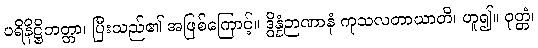
ပရိနိဋ္ဌိတတ္တာ၊ ပြီးသည်၏ အဖြစ်ကြောင့်။ ဒွိန္နံဉာဏာနံ ကုသလတာယာတိ၊ ဟူ၍။ ဝုတ္တံ၊